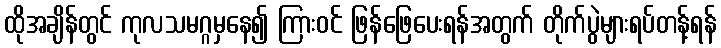
ထိုအချိန်တွင် ကုလသမဂ္ဂမှနေ၍ ကြားဝင် ဖြန်ဖြေပေးရန်အတွက် တိုက်ပွဲများရပ်တန့်ရန်